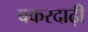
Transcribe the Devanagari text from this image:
बकरदाढ़ी